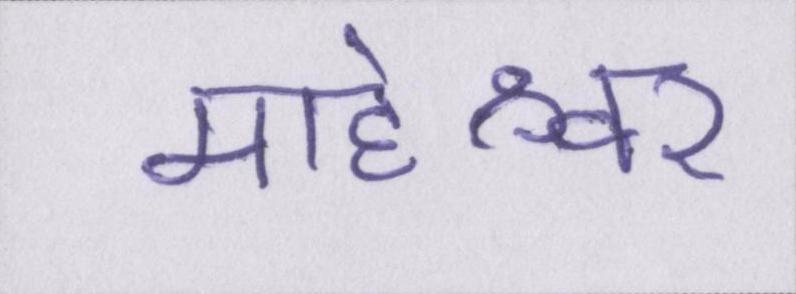
माहेश्वर